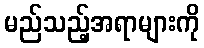
မည်သည့်အရာများကို